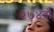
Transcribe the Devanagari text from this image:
२७४वॉ